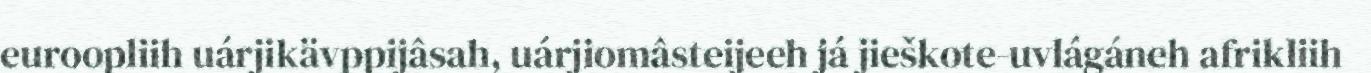
euroopliih uárjikävppijâsah, uárjiomâsteijeeh já jieškote-uvlágáneh afrikliih